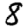
Digit: 8